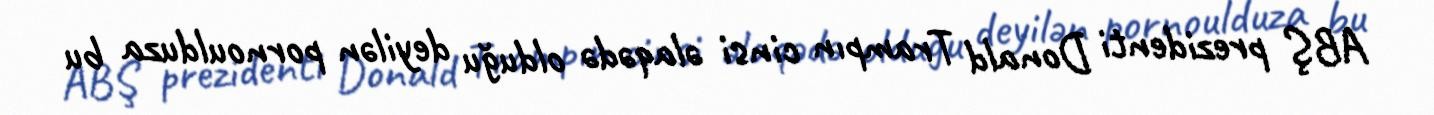
ABŞ prezidenti Donald Trampın cinsi əlaqədə olduğu deyilən pornoulduza bu